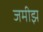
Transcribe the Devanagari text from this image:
जमीझ